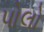
પોલો